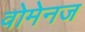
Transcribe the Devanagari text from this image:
वोमेनज